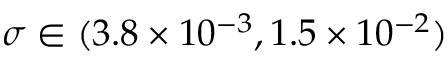
\sigma \in ( 3 . 8 \times { 1 0 ^ { - 3 } } , 1 . 5 \times { 1 0 ^ { - 2 } } )